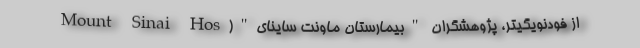
از فودنویگیتر، پژوهشگران "بیمارستان ماونت ساینای"(Mount Sinai Hos